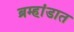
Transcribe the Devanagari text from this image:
ब्रम्हांडात